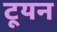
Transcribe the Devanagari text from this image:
टूयन